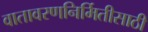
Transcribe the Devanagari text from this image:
वातावरणनिर्मितीसाठी